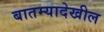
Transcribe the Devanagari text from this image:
बातम्यादेखील